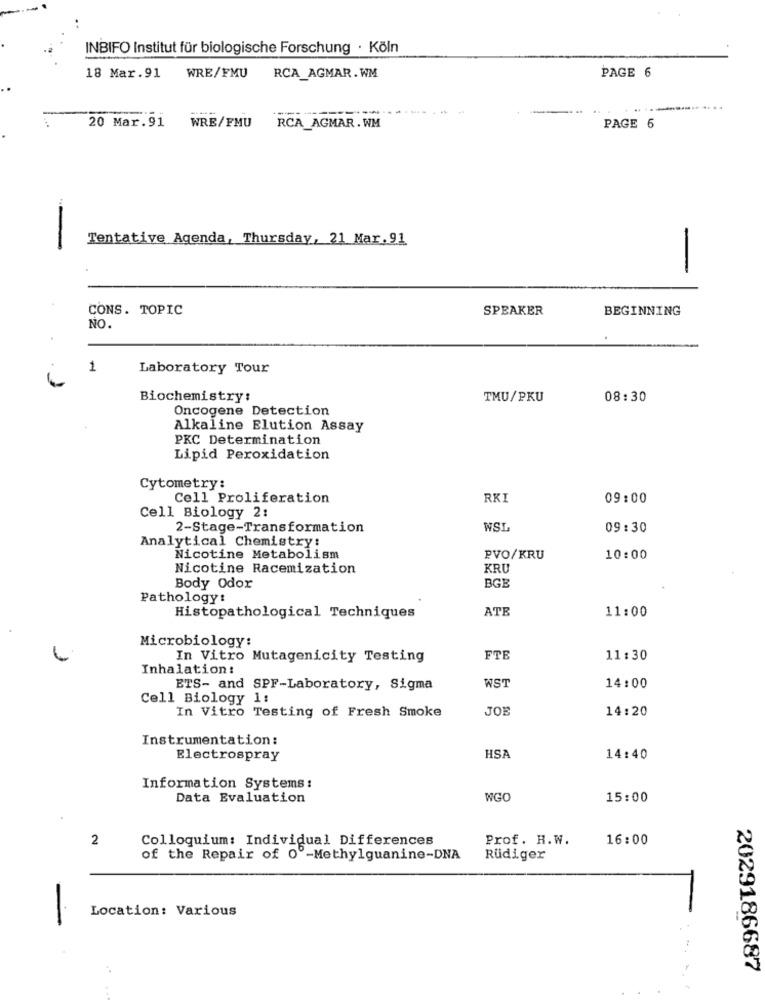
INBIFO Institut für biologische Forschung · Köln
RCA_AGMAR. WM
PAGE 6
18 Mar.91
WRE/FMU
--
20 Mar.91
WRE/FMU
RCA AGMAR. WM
PAGE 6
Tentative Agenda, Thursday, 21 Mar. 91
-
-
CONS. TOPIC
SPEAKER
BEGINNING
NO.
1
Laboratory Tour
Biochemistry:
TMU/PKU
08:30
Oncogene Detection
Alkaline Elution Assay
PKC Determination
Lipid Peroxidation
Cytometry:
Cell Proliferation
RKI
09:00
Cell Biology 2:
2-Stage-Transformation
WSL
09:30
Analytical Chemistry:
Nicotine Metabolism
PVO/KRU
10:00
Nicotine Racemization
KRU
BGB
Body Odor
Pathologyt
ATE
11:00
Histopathological Techniques
Microbiology:
In Vitro Mutagenicity Testing
FTE
11:30
Inhalation:
WST
ETS- and SPF-Laboratory, Sigma
14:00
Cell Biology 1:
In Vitro Testing of Fresh Smoke
JOE
14:20
Instrumentation :
Electrospray
HSA
14:40
Information Systems:
Data Evaluation
WGO
15:00
2
Colloquium: Individual Differences
Prof. H.W.
16:00
of the Repair of 0º-Methylguanine-DNA
Rüdiger
Location: Various
2029186687